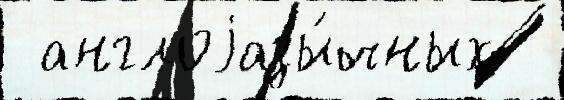
 англоjазы́чных